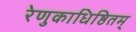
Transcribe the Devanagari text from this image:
रेणुकाधिष्ठितम्‌